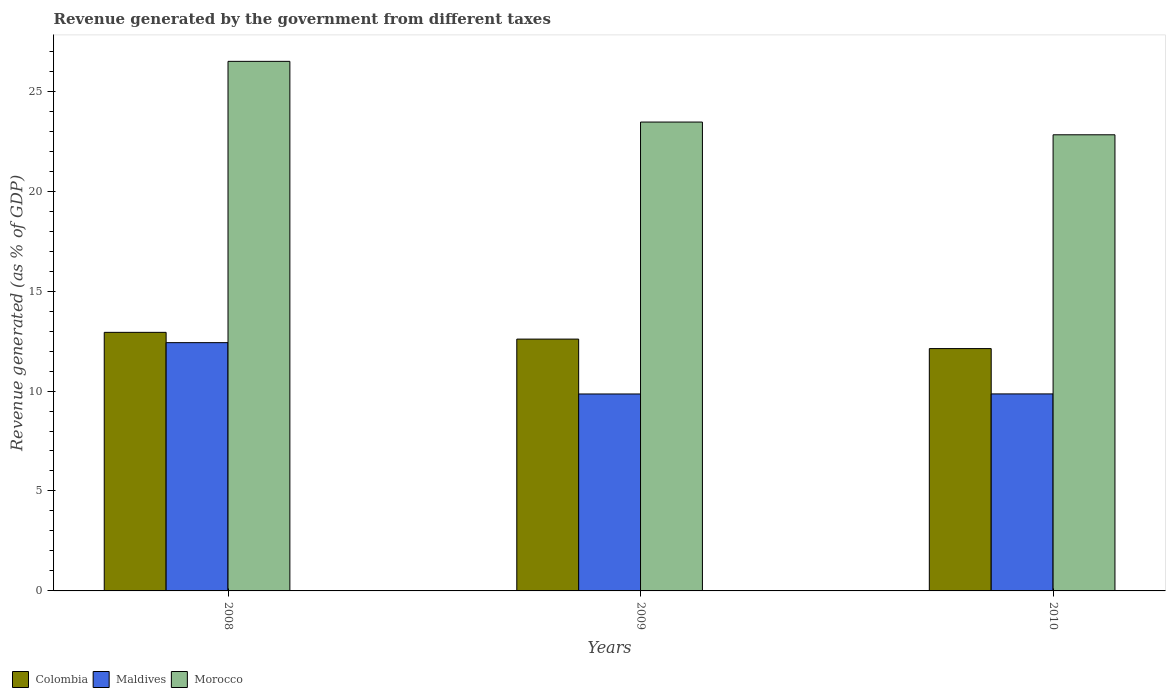
| Years | Colombia | Maldives | Morocco |
 | --- | --- | --- | --- |
 | 2008 | 12.9 | 12.4 | 26.5 |
 | 2009 | 12.6 | 9.85 | 23.5 |
 | 2010 | 12.1 | 9.86 | 22.8 |